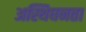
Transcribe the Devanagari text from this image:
अस्थिघनता